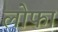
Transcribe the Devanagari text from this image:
लोफा